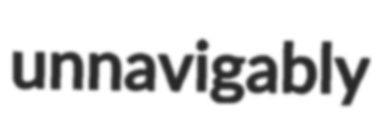
unnavigably